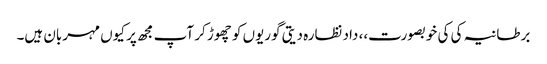
برطانیہ کی کی خوبصورت،، داد نظارہ دیتی گوریوں کو چھوڑ کر آپ مجھ پر کیوں مہربان ہیں۔